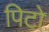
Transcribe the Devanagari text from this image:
पिटो